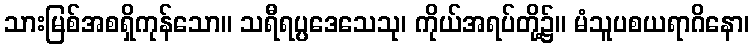
သားမြစ်အစရှိကုန်သော။ သရီရပ္ပဒေသေသု၊ ကိုယ်အရပ်တို့၌။ မံသူပစယရာဂိနော၊